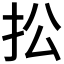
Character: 𢪌